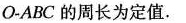
O-ABC的周长为定值.